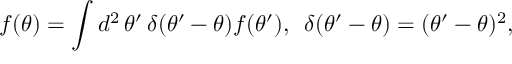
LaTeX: f ( \theta ) = \int d ^ { 2 } \, \theta ^ { \prime } \, \delta ( \theta ^ { \prime } - \theta ) f ( \theta ^ { \prime } ) , \, \, \, \delta ( \theta ^ { \prime } - \theta ) = ( \theta ^ { \prime } - \theta ) ^ { 2 } ,